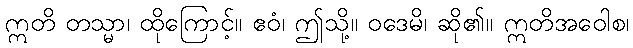
ဣတိ တသ္မာ၊ ထိုကြောင့်။ ဧဝံ၊ ဤသို့။ ဝဒေမိ၊ ဆို၏။ ဣတိအဝေါစ၊